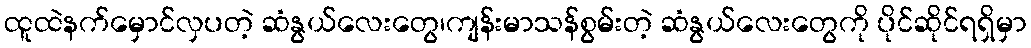
ထူထဲနက်မှောင်လှပတဲ့ ဆံနွယ်လေးတွေ၊ကျန်းမာသန်စွမ်းတဲ့ ဆံနွယ်လေးတွေကို ပိုင်ဆိုင်ရရှိမှာ